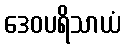
ဒေဝပရိသာယံ